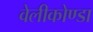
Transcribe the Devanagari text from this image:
वेलीकोण्डा